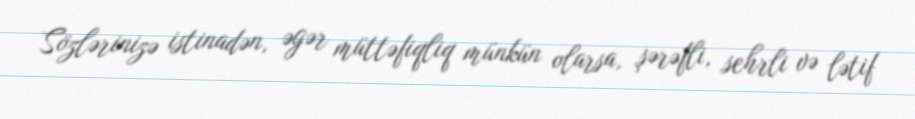
Sözlərinizə istinadən, əgər müttəfiqliq münkün olarsa, şərəfli, sehrli və lətif